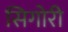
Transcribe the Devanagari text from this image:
सिगोरी